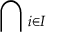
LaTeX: \bigcap { } _ { i \in I }